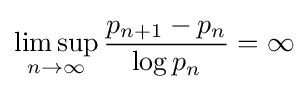
\limsup _{n\to \infty }{\frac {p_{n+1}-p_{n}}{\log p_{n}}}=\infty